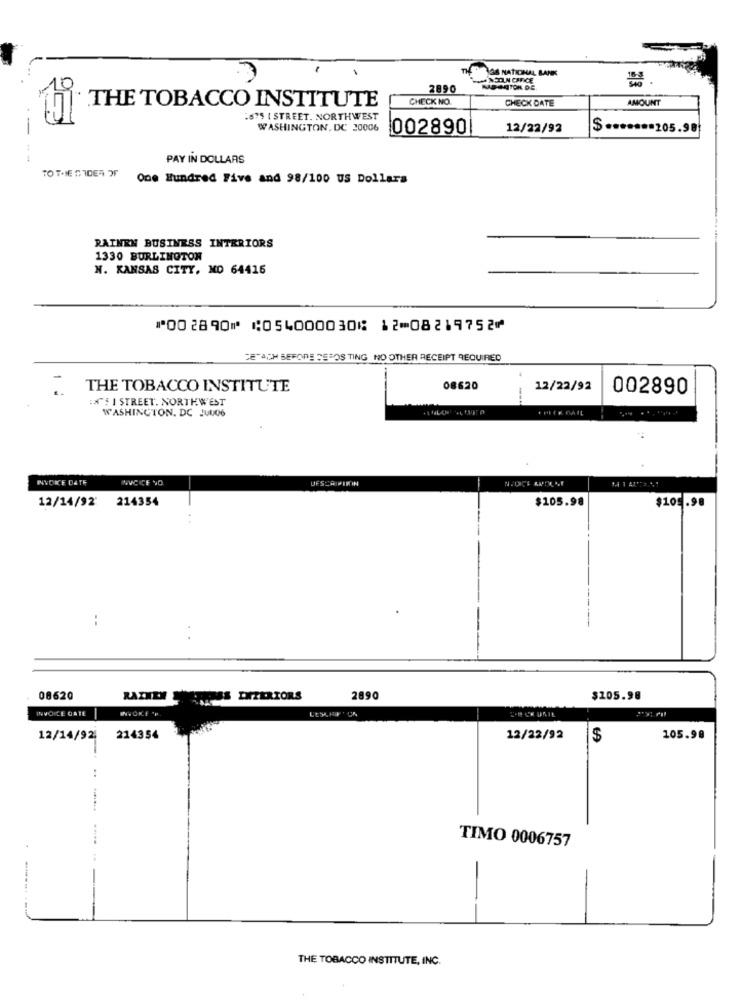
THEOS NATIONAL BANK
2890
CHECK NO.
CHECK DATE
AMOUNT
THE TOBACCO INSTITUTE
18'S I STREET. NORTHWEST
WASHINGTON, DC 20006
002890
12/22/92
$ ..***** 205.98
----
PAY IN DOLLARS
TO THE CIDER OF
One Hundred Five and 98/100 US Dollars
RAINEN BUSINESS INTERIORS
1330 BURLINGTON
N. KANSAS CITY, MO 64416
⑈002890⑈ ⑆054000030⑆ 12⑉08219752⑈
DETACH BEFORE PEROSTING NO OTHER RECEIPT REQUIRED
THE TOBACCO INSTITUTE
08620
12/22/92
002890
:" I STREET. NORTHWEST
---
WASHINGTON, DC JUU06
INVOICE DATE
DESCRIPIKIN
12/14/92' 214354
$105.98
$105.98
---
08620
RAZNEM
PASS DIZERIORS
2890
$105.98
INVOICE GATE
INVOKE *P
12/14/92
214354
12/22/92
$
105.90
TIMO 0006757
-
THE TOBACCO INSTITUTE, INC.